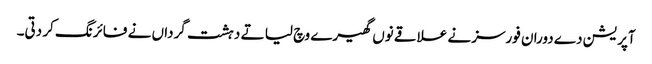
آپریشن دے دوران فورسز نے علاقے نوں گھیرے وچ لیا تے دہشت گرداں نے فائرنگ کر دتی۔